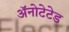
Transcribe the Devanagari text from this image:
ॲनोटेटेड